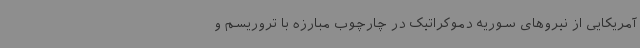
آمریکایی از نیروهای سوریه دموکراتیک در چارچوب مبارزه با تروریسم و